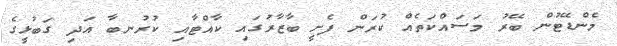
މެންޑޭޓުން ބޭރު މަސައްކަތެއް ކުރަން ފެށީ ބާޒާރުގައި ކާއްޓާއި ކުރުނބާ އަދި ގަބުޅީގެ